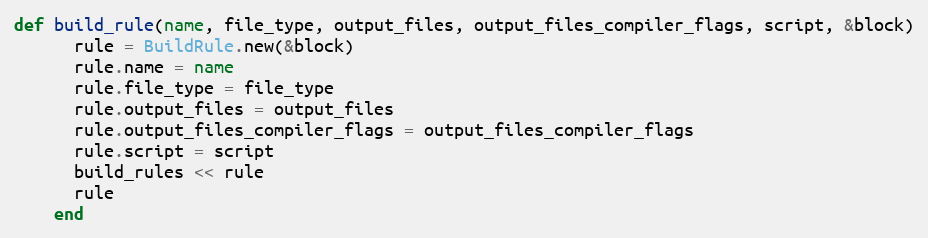
Language: Ruby
def build_rule(name, file_type, output_files, output_files_compiler_flags, script, &block)
      rule = BuildRule.new(&block)
      rule.name = name
      rule.file_type = file_type
      rule.output_files = output_files
      rule.output_files_compiler_flags = output_files_compiler_flags
      rule.script = script
      build_rules << rule
      rule
    end